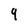
Character: 9